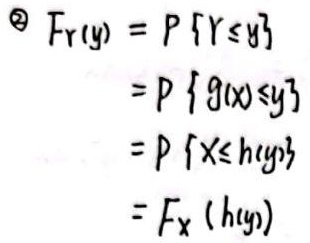
\[
\begin{align*}
\textcircled{2}F_Y(y)&=P\{Y\leq y\}\\
&=P\{g(X)\leq y\}\\
&=P\{X\leq h(y)\}\\
&=F_X(h(y))
\end{align*}
\]